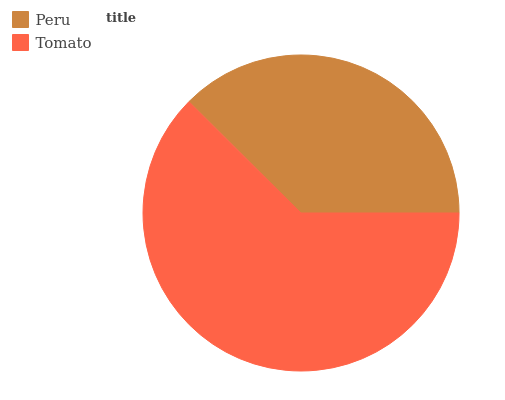
| Peru | Tomato |
 | --- | --- |
 | 37.6% | 62.4% |